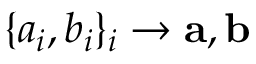
\{ a _ { i } , b _ { i } \} _ { i } \to \mathbf { a } , \mathbf { b }